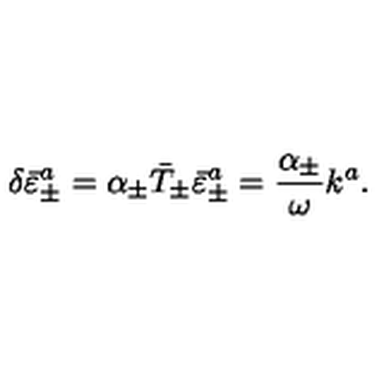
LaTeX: \delta \bar { \varepsilon } _ { \pm } ^ { a } = \alpha _ { \pm } \bar { T } _ { \pm } \bar { \varepsilon } _ { \pm } ^ { a } = \frac { \alpha _ { \pm } } { \omega } k ^ { a } .